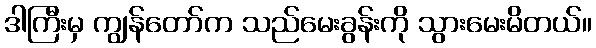
ဒါကြီးမှ ကျွန်တော်က သည်မေးခွန်းကို သွားမေးမိတယ်။